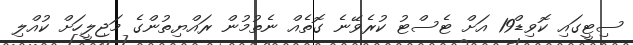
ސިޓީގައި ކޮވިޑް19 އަށް ޓެސްޓު ކުރެވޭނެ ގޮތެއް ނެތުމުން ރައްޔިތުންގެ މަޖިލީހަށް ކުއްލި